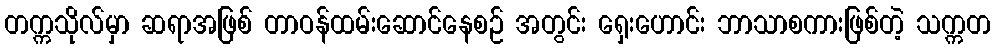
တက္ကသိုလ်မှာ ဆရာအဖြစ် တာဝန်ထမ်းဆောင်နေစဉ် အတွင်း ရှေးဟောင်း ဘာသာစကားဖြစ်တဲ့ သက္ကတ